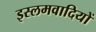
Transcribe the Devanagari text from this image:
इस्लमवादियों